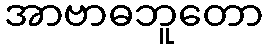
အာဗာဓဘူတော